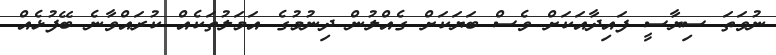
ނުވަތަ ސިޔާސީ ފައިދާއަކަށް ވެސް ބަޔަކަށް ގެއްލުން ދިނުމުގެ އަމަލުތަކެއް ކުރައްވާނެ ބޭފުޅެެއް